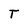
Character: T